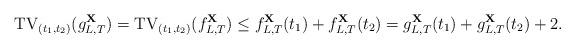
LaTeX: \begin{align*}\mathrm{TV}_{(t_1,t_2)}(g^{\mathbf{X}}_{L,T})&=\mathrm{TV}_{(t_1, t_2)}(f^{\mathbf{X}}_{L,T})\leq f^{\mathbf{X}}_{L,T}(t_1)+f^{\mathbf{X}}_{L,T}(t_2)=g^{\mathbf{X}}_{L,T}(t_1)+g^{\mathbf{X}}_{L,T}(t_2)+2.\end{align*}